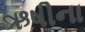
ઋષીના